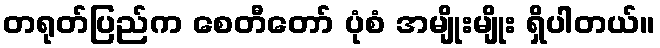
တရုတ်ပြည်က စေတီတော် ပုံစံ အမျိုးမျိုး ရှိပါတယ်။